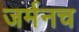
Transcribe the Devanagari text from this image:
जर्मनच